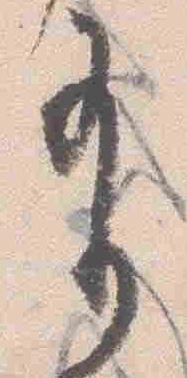
有